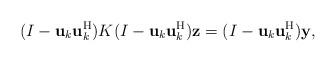
LaTeX: \begin{align*}(I-{\bf u}_k{\bf u}_k^{\rm H})K(I-{\bf u}_k{\bf u}_k^{\rm H}){\bf z}=(I-{\bf u}_k{\bf u}_k^{\rm H}){\bf y},\end{align*}